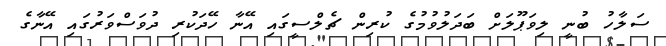
ސަލާހު ބުނީ ލިވަޕޫލަށް ބަދަލުވުމުގެ ކުރިން ޗެލްސީގައި އޭނާ ހޭދަކުރި ދުވަސްވަރުގައި އޭނާގެ